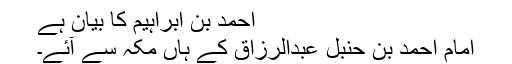
احمد بن ابراہیم کا بیان ہے
امام احمد بن حنبل عبدالرزاق کے ہاں مکہ سے آئے۔